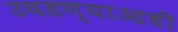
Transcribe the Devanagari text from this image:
उघडण्याआधी